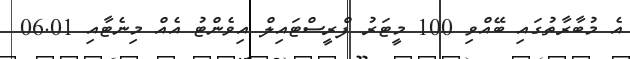
އެ މުބާރާތުގައި ބޭއްވި 100 މީޓަރު ފްރީސްޓައިލް އިވެންޓު އެއް މިނެޓާއި 06.01